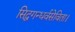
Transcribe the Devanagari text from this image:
सिद्धगन्धर्वसेविता।